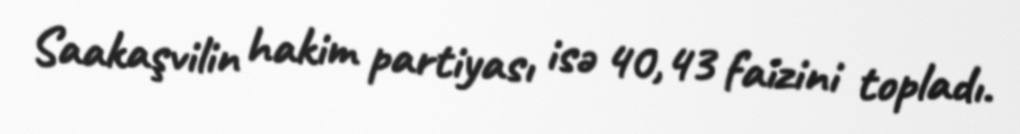
Saakaşvilin hakim partiyası isə 40,43 faizini topladı.